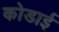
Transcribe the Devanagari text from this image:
कोडाई